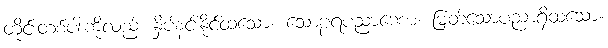
တိုင်းတစ်ပါးကိုလည်း နှိပ်နင်းနိုင်ထသော။ သောဠရပညာဏော၊ မြတ်သောပညာရှိထသော။